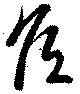
矦